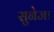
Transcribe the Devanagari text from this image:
सुनेजा